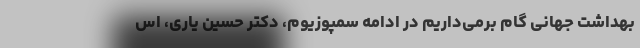
بهداشت جهانی گام برمی‌داریم در ادامه سمپوزیوم، دکتر حسین یاری، اس